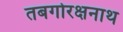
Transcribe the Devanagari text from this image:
तबगोरक्षनाथ